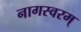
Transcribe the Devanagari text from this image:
नागस्वरम्‌